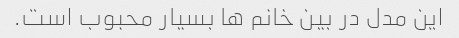
این مدل در بین خانم ها بسیار محبوب است.